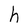
Character: h